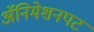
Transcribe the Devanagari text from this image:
अॅनिमेशनपट